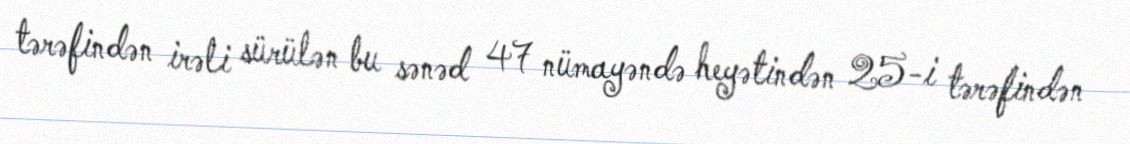
tərəfindən irəli sürülən bu sənəd 47 nümayəndə heyətindən 25-i tərəfindən